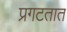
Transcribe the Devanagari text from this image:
प्रगटतात